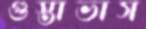
গুস্তাভাস